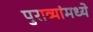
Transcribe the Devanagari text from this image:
पुराव्यांमध्ये